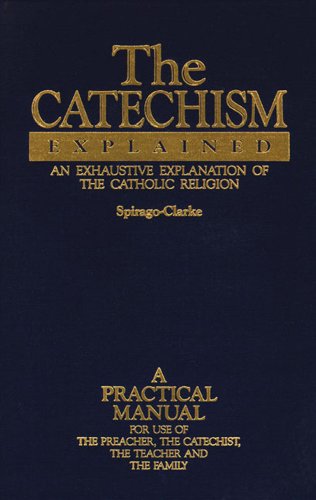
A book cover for The Catechism Explained: An Exhaustive Explanation of the Catholic Religion; Revs. Frs. Spirago & Clark; Christian Books & Bibles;